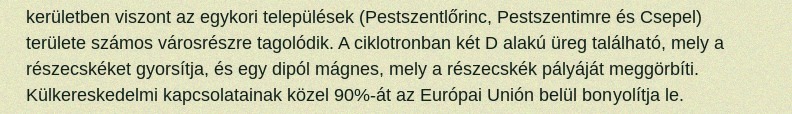
kerületben viszont az egykori települések (Pestszentlőrinc, Pestszentimre és Csepel) területe számos városrészre tagolódik. A ciklotronban két D alakú üreg található, mely a részecskéket gyorsítja, és egy dipól mágnes, mely a részecskék pályáját meggörbíti. Külkereskedelmi kapcsolatainak közel 90%-át az Európai Unión belül bonyolítja le.